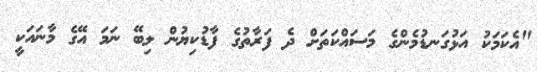
"އެކަމަކު އަޅުގަނޑުމެންގެ މަސައްކަތަށް ދެ ފަރާތުގެ ފާޑުކިޔުން ލިބޭ ނަމަ އޭގެ މާނައަކީ